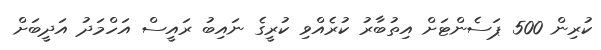
ކުރިން 500 ޕަސެންޓަށް އިތުބާރު ކުރެއްވި ކުރީގެ ނައިބު ރައީސް އަހްމަދު އަދީބަށް